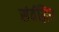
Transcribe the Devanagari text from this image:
संर्वद्धित